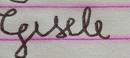
Signature authenticity: forged